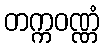
တက္ကဝဏ္ဏံ